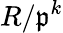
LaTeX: R/{\mathfrak{p}}^{k}